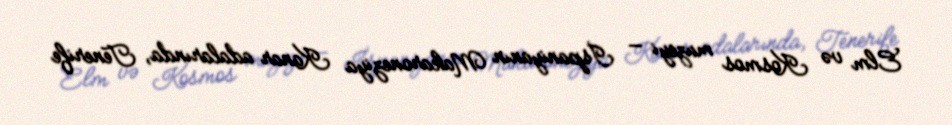
Elm və Kosmos muzeyi — İspaniyanın Makaroneziya Kanar adalarında, Tenerife